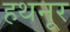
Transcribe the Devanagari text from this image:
हथनूर